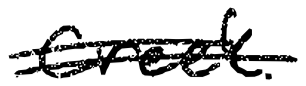
Text: Creek.
Cross-out: double-line
Writing tool: digital_black